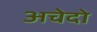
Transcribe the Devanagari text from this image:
अचेदो